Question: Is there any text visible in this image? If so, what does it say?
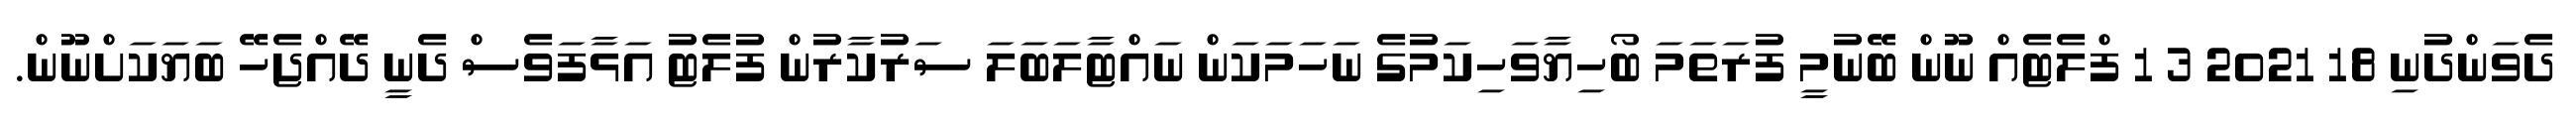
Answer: ދެވަންދުނި 18 2021 3 1 ފްލެޓެއް ނޫން ބޭނުމީ ފުރަތަމަ ބޯހިޔާވަހިކަމުގެ ނަހަމަކަން ނައްޓާލަބަލަ ސަރުކާރުން ފުލެޓު އަޅާފަވެސް ދެނީ ދޭއްޖެހޭ ބަޔަކަށްނޫން.